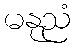
မနုညံ